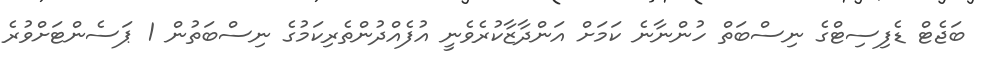
ބަޖެޓް ޑެފިސިޓްގެ ނިސްބަތް ހުންނާނެ ކަމަށް އަންދާޒާކުރެވެނީ އުފެއްދުންތެރިކަމުގެ ނިސްބަތުން 1 ޕަސެންޓަށްވުރެ